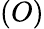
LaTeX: (O)